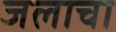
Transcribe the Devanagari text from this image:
जलाचा